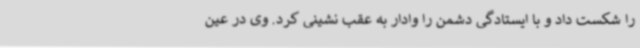
را شکست داد و با ایستادگی دشمن را وادار به عقب نشینی کرد. وی در عین